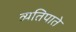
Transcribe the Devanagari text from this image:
व्यतिपाते